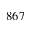
8 6 7